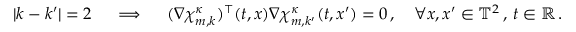
| k - k ^ { \prime } | = 2 \quad \implies \quad ( \nabla { \boldsymbol { \chi } } _ { m , k } ^ { \kappa } ) ^ { \intercal } ( t , x ) \nabla { \boldsymbol { \chi } } _ { m , k ^ { \prime } } ^ { \kappa } ( t , x ^ { \prime } ) = 0 \, , \quad \forall x , x ^ { \prime } \in \ensuremath { \mathbb { T } } ^ { 2 } \, , \, t \in \ensuremath { \mathbb { R } } \, .